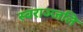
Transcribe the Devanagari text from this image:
स्वराञ्जलि